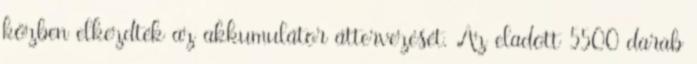
közben elkezdték az akkumulátor áttervezését. Az eladott 5500 darab